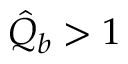
\hat { Q } _ { b } > 1